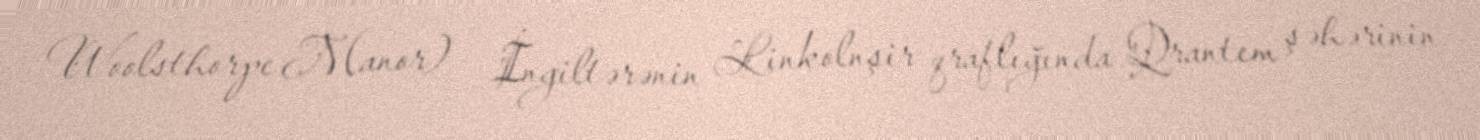
Woolsthorpe Manor) – İngiltərənin Linkolnşir qraflığında Qrantem şəhərinin